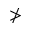
\ngtr